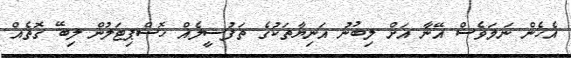
އެހެން ނަމަވެސް އޭނާ އަށް ލިބުނު އަނިޔާތަކުގެ ތަފުސީލެއް ހޮސްޕިޓަލުން ލިބޭ ގޮތެއް